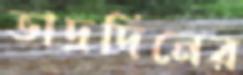
ভাদ্রদিনের